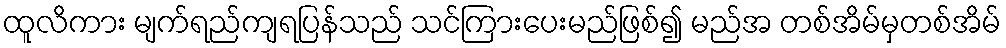
ထူလိကား မျက်ရည်ကျရပြန်သည် သင်ကြားပေးမည်ဖြစ်၍ မည်အ တစ်အိမ်မှတစ်အိမ်